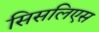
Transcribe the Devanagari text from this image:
सिसलिएस